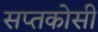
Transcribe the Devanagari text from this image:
सप्तकोसी